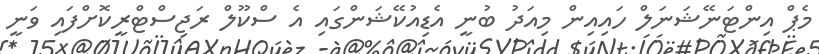
މެޕް އިންޓަނޭޝަނަލް ހައިއިން މިއަދު ބުނީ އެޑިއުކޭޝަންގައި އެ ސްކޫލް ރަޖިސްޓްރީކޮށްފައި ވަނީ